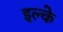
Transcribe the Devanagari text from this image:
इल्‍के